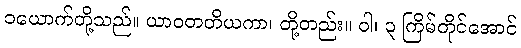
၁ယောက်တို့သည်။ ယာဝတတိယကာ၊ တို့တည်း။ ဝါ၊ ၃ ကြိမ်တိုင်အောင်